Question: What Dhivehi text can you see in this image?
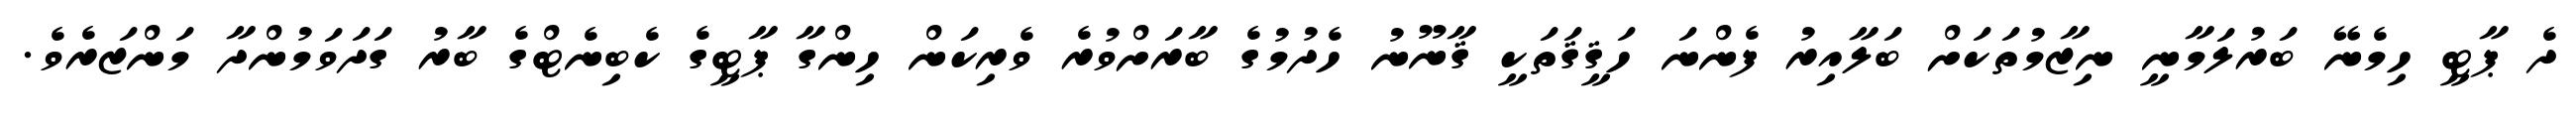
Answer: ދެ ޕާޓީ ހިމެނޭ ބަރުލަމާނީ ނިޒާމުތަކަށް ބަލާއިރު ފެންނަ ހަޤީޤަތަކީ ޤާނޫނު ހެދުމުގެ ބާރަށްވުރެ ވެރިކަން ހިންގާ ޕާޓީގެ ކެބިނެޓްގެ ބާރު ގަދަވަމުންދާ މަންޒަރެވެ.